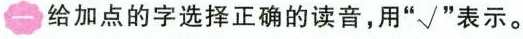
一 给加点的字选择正确的读音，用”√”表示。